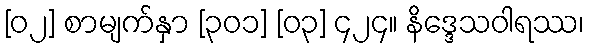
[၀၂] စာမျက်နှာ [၃၀၁] [၀၃] ၄၂၄။ နိဒ္ဒေသဝါရဿ၊